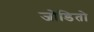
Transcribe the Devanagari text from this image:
जोडितो